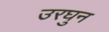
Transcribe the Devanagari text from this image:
उरघुन